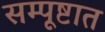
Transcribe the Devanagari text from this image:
सम्पूष्टात